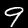
Label: 9